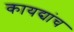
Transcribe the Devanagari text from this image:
कायद्यांच